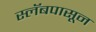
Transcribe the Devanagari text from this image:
स्लॅबपासून